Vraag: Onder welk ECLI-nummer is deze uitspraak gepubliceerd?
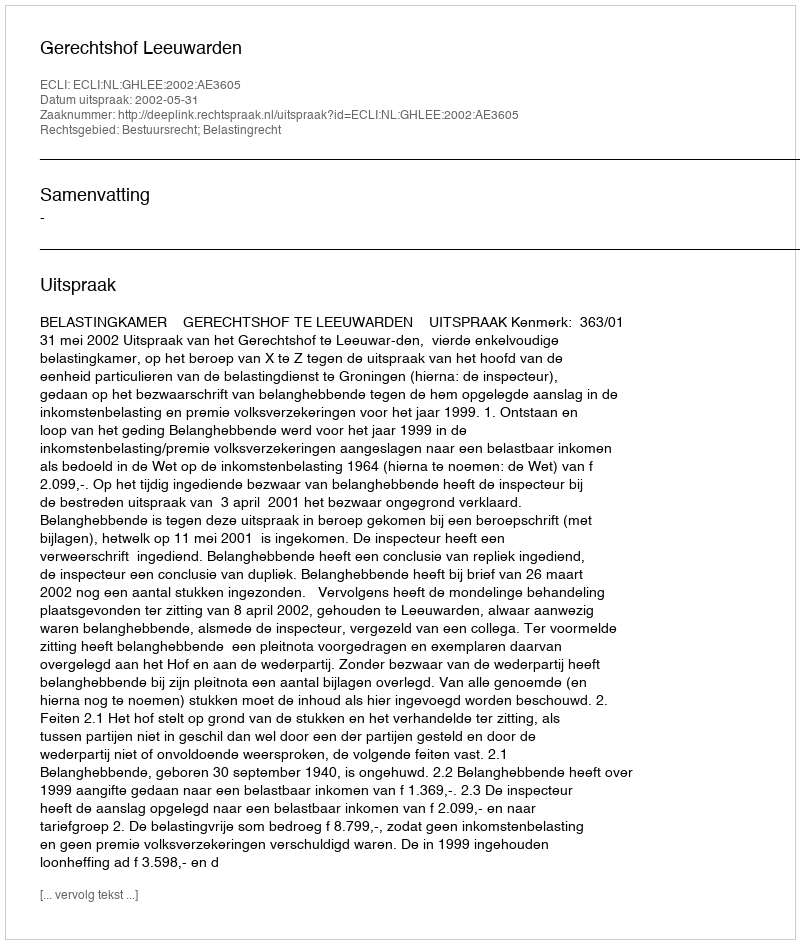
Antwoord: ECLI:NL:GHLEE:2002:AE3605